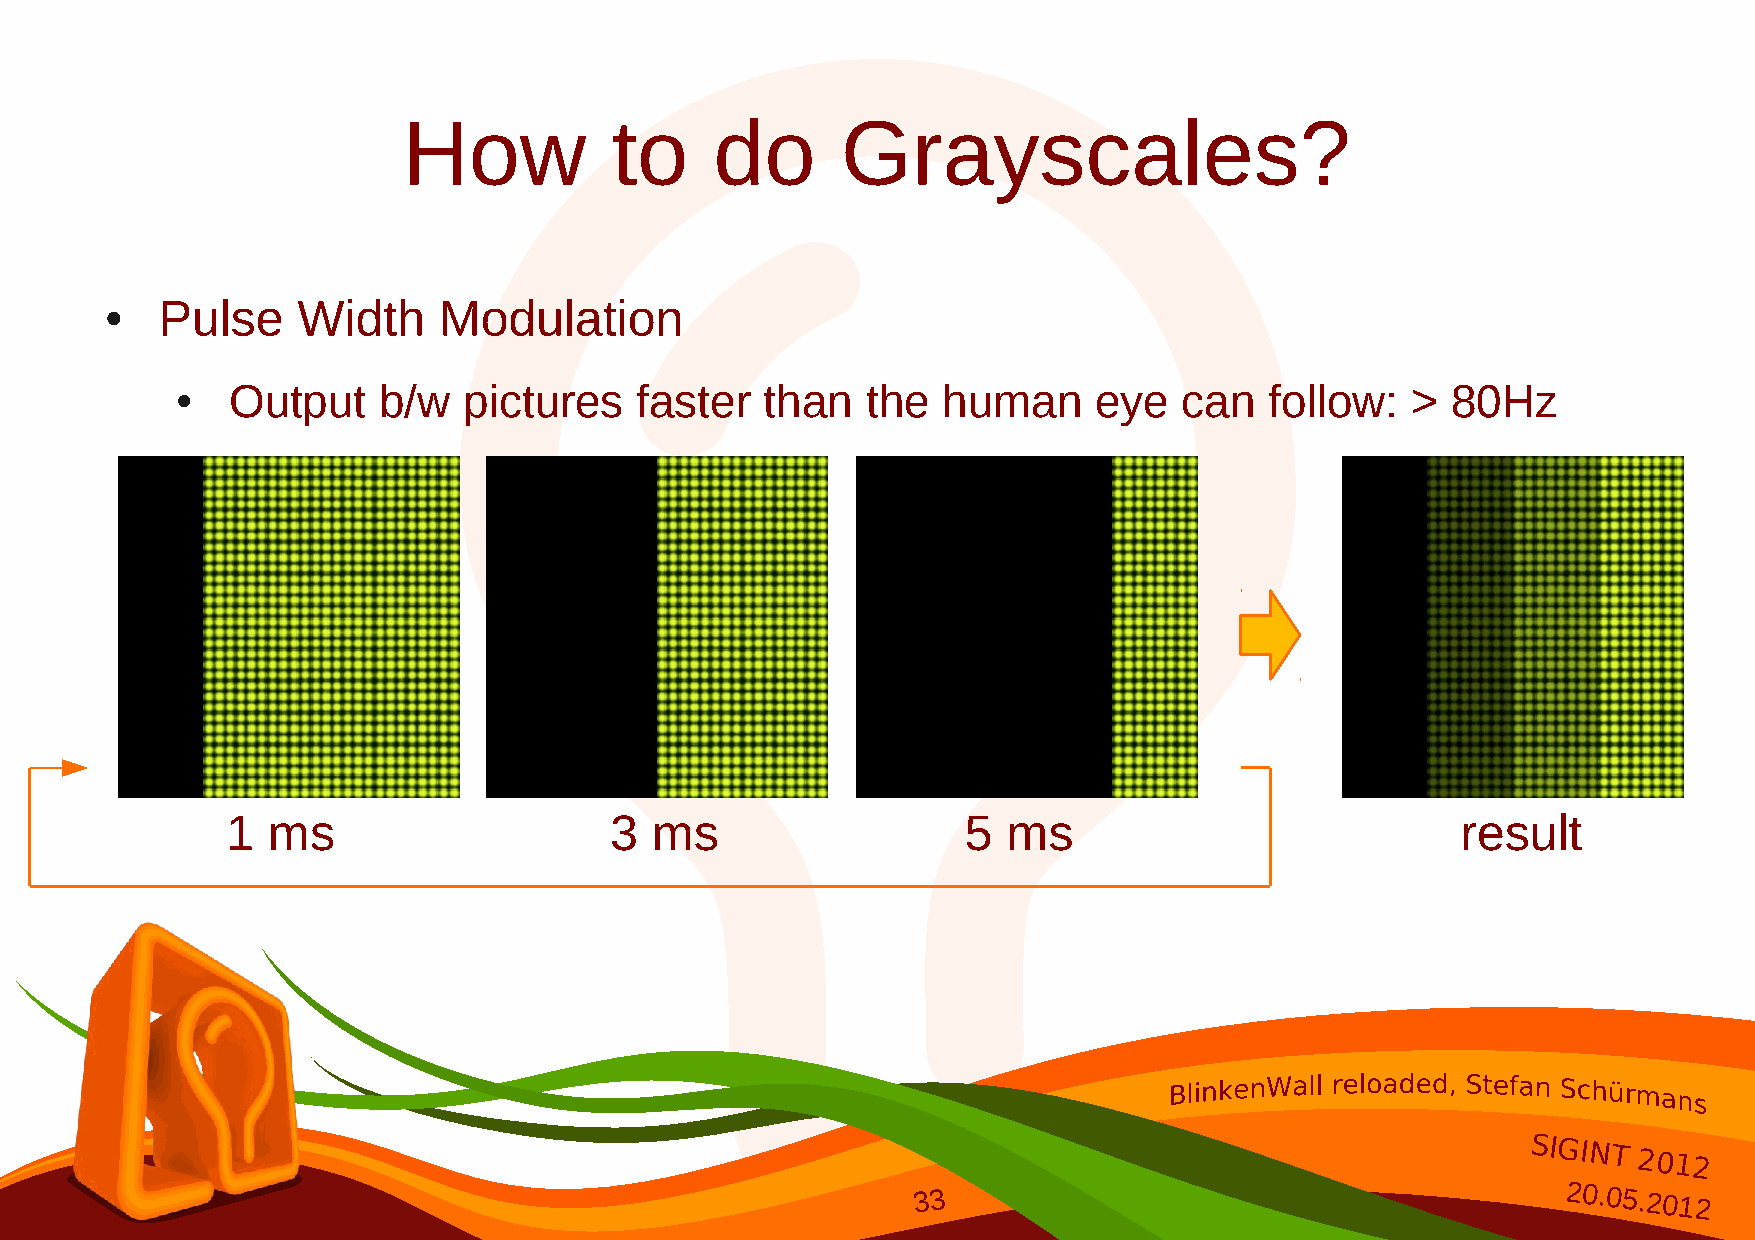
How          to     do       Grayscales?
 Pulse     Width    Modulation
 ●
 Output    b/w   pictures   faster   than  the  human      eye  can   follow:  >  80Hz
 ●
 1  ms                    3  ms                   5  ms                            result
 SIGINT
 2012
 33                                        20.05.2012